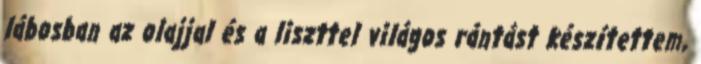
lábosban az olajjal és a liszttel világos rántást készítettem,